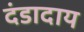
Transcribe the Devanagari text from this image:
दंडादाय